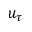
u _ { \tau }